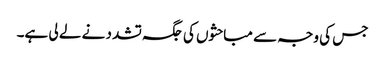
جس کی وجہ سے مباحثوں کی جگہ تشدد نے لے لی ہے۔